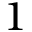
1